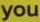
you